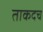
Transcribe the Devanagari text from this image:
ताकदच